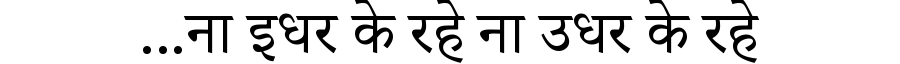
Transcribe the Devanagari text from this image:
...ना इधर के रहे ना उधर के रहे